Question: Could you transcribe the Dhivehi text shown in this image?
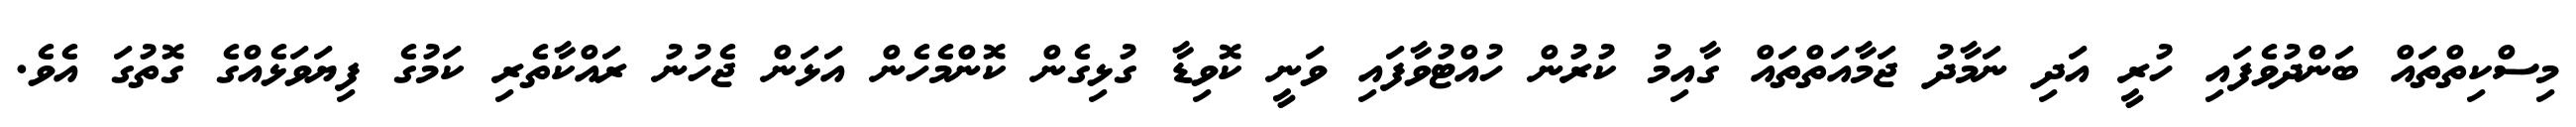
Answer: މިސްކިތްތައް ބަންދުވެފައި ހުރީ އަދި ނަމާދު ޖަމާއަތްތައް ގާއިމު ކުރުން ހުއްޓުވާފައި ވަނީ ކޮވިޑާ ގުޅިގެން ކޮންމެހެން އަޅަން ޖެހުނު ރައްކާތެރި ކަމުގެ ފިޔަވަޅެއްގެ ގޮތުގަ އެވެ.